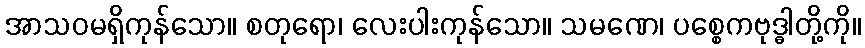
အာသဝမရှိကုန်သော။ စတုရော၊ လေးပါးကုန်သော။ သမဏေ၊ ပစ္စေကဗုဒ္ဓါတို့ကို။